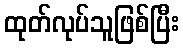
ထုတ်လုပ်သူဖြစ်ပြီး